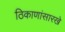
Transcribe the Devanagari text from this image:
ठिकाणांसारखे